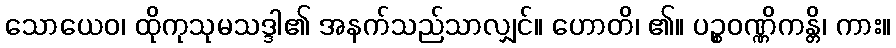
သောယေဝ၊ ထိုကုသုမသဒ္ဒါ၏ အနက်သည်သာလျှင်။ ဟောတိ၊ ၏။ ပဉ္စဝဏ္ဏိကန္တိ၊ ကား။